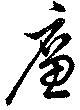
廉